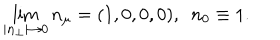
\lim _ { | { \bf n } _ { \perp } | \to 0 } n _ { \mu } = ( 1 , 0 , 0 , 0 ) , \ \ n _ { 0 } \equiv 1 .